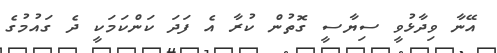
އޭނާ ވިދާޅުވީ ސިޔާސީ ގޮތުން ކުރާ އެ ފަދަ ކަންކަމަކީ ދެ ގައުމުގެ